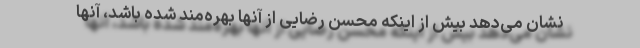
نشان می‌دهد بیش از اینکه محسن رضایی از آنها بهره‌مند شده باشد، آنها